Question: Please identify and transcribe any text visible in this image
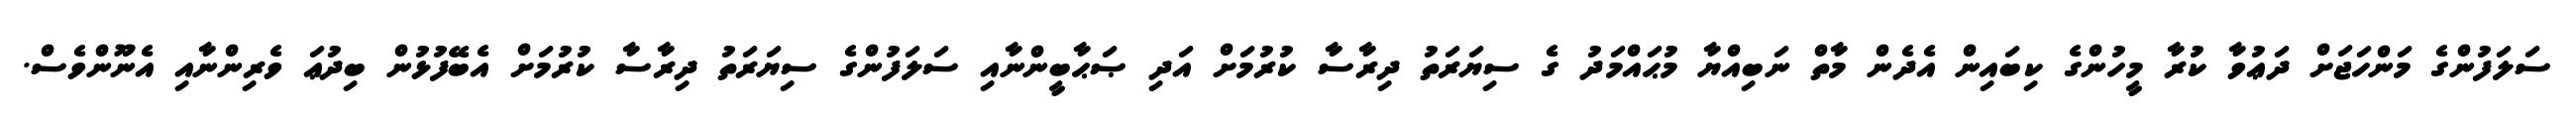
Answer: ސަލަފުންގެ މަންހަޖަށް ދަޢުވާ ކުރާ މީހުންގެ ކިބައިން އެދެން މާތް ނަބިއްޔާ މުޙައްމަދު ގެ ސިޔަރަތު ދިރާސާ ކުރުމަށް އަދި ޞަޙާބީންނާއި ސަލަފުންގެ ސިޔަރަތު ދިރާސާ ކުރުމަށް އެބޭފުޅުން ބިދުޢަ ވެރިންނާއި އެނޫންވެސް.